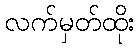
လက်မှတ်ထိုး